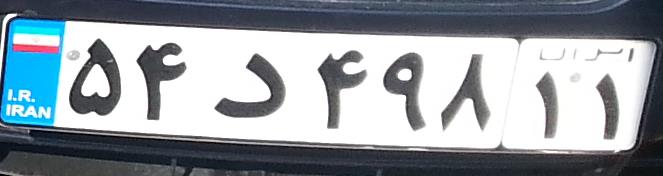
۵۴د۴۹۸۱۱